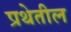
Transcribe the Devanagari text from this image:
प्रथेतील